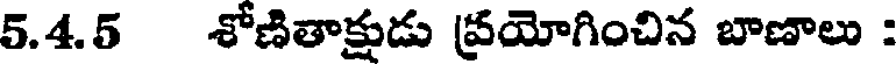
5.4.5 శోణితాక్షుడు ప్రయోగించిన బాణాలు :